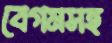
বেগমসহ